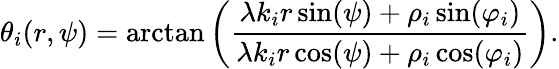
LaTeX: \theta_{i}(r,\psi)=\arctan\left(\frac{\lambda k_{i}r\sin(\psi)+\rho_{i}\sin(\varphi_{i})}{\lambda k_{i}r\cos(\psi)+\rho_{i}\cos(\varphi_{i})}\right).